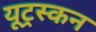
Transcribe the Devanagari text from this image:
यूट्रस्कन